Indian journal of veterinary science and animal husbandry - Volumes 22-23, 1952-1953
Year: 1952
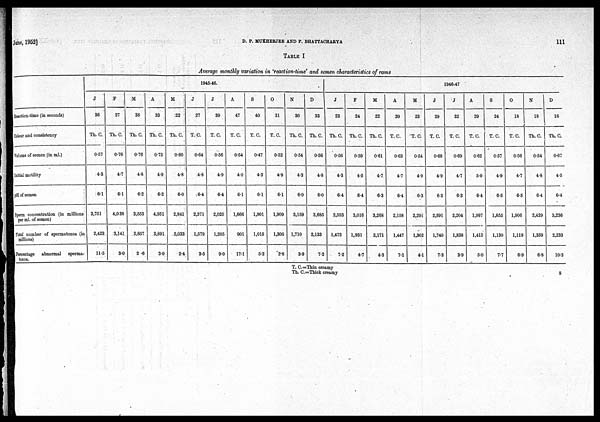
June, 1952]
D.
P.
MUKHERJEE
AND
P.
BHATTACHARYA
111
TABLE 1
Average monthly variation in 'reaction-time' and semen characteristics of rams
Reaction-time (in seconds)
Colour and consistency
Volume of semen (in ml.)
Initial motility
pH of semen
Sperm concentration (in millions
per ml. of semen)
Total number of spermatozoa (in
millions)
Percentage abnormal sperma-
tozoa.
1945-46.
J
36
Th. C.
0.57
4.3
6.l
3,751
2,423
11.5
F
27
Th. C.
0.76
4.7
6.1
4,038
3,141
3.0
M
38
Th. C.
0.76
4.8
6.2
3,553
2,857
2 .6
A
33
Th. C.
0.75
4.9
6.2
4,951
3,891
3.0
M
22
Th. C.
0.60
4.8
6.0
2,841
2,033
2.4
J
27
T. C.
0.64
4.8
6.4
2,371
1,579
3.5
J
39
T. C.
0.56
4.9
6.4
2,025
1,205
9.0
A
47
T. C.
0.54
4.0
6.1
1,666
901
17.1
S
40
T. C.
0.47
4.3
6.1
1,901
1,015
5.2
O
31
T. C.
0.52
4.9
6.1
1,909
1,305
2.8
N
30
Th. C.
0.54
4.3
6.0
3,159
1,710
3.9
D
33
Th. C.
0.56
4.8
6.0
3,685
2,133
7.2
1946-47
J
23
Th. C.
0.56
4.3
6.4
2,593
1,472
7.2
F
24
Th. C.
0.59
4.5
6.4
3,016
1,931
4.7
M
22
Th. C.
0.61
4.7
6.3
3,268
2,171
4.3
A
20
T. C.
0.63
4.7
6.4
2,158
1,447
7.1
M
23
T.C.
0.54
4.9
6.3
2,291
1,302
4.1
J
29
T. C.
0.68
4.9
6.3
2,591
1,740
7.3
J
32
T. C.
0.69
4.7
6.3
2,204
1,838
3.9
A
29
T. C.
0.62
5.0
6.4
1,997
1,415
5.0
S
24
T. C.
0.57
4.9
6.5
1,855
1,130
7.7
O
18
T. C.
0.56
4.7
6.5
1,906
1,119
6.9
N
18
Th. C.
0.54
4.8
6.4
2,429
1,359
6.8
D
16
Th. C.
0.67
4.5
6.4
3,236
2,233
10.3
T. C.=Thin creamy
Th. C.=Thick creamy
8